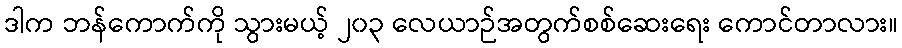
ဒါက ဘန်ကောက်ကို သွားမယ့် ၂၀၃ လေယာဉ်အတွက်စစ်ဆေးရေး ကောင်တာလား။